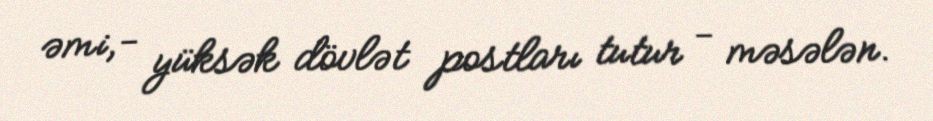
əmi,- yüksək dövlət postları tutur - məsələn.